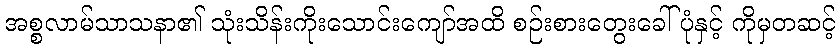
အစ္စလာမ်သာသနာ၏ သုံးသိန်းကိုးသောင်းကျော်အထိ စဉ်းစားတွေးခေါ်ပုံနှင့် ကိုမှတဆင့်